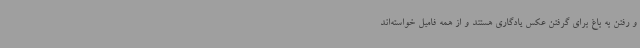
و رفتن به باغ برای گرفتن عکس یادگاری هستند و از همه فامیل خواسته‌اند